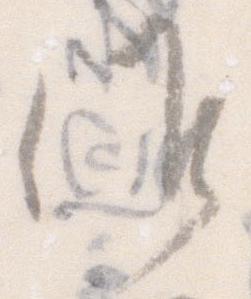
候